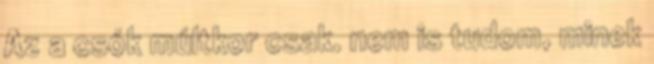
Az a csók múltkor csak. nem is tudom, minek